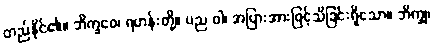
တည်နိုင်၏။ ဘိက္ခဝေ၊ ရဟန်းတို့။ ပည ဝါ၊ အပြားအားဖြင့်သိခြင်းရှိသော။ ဘိက္ခု၊